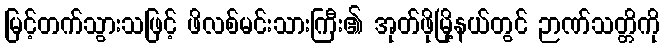
မြင့်တက်သွားသဖြင့် ဖိလစ်မင်းသားကြီး၏ အုတ်ဖိုမြို့နယ်တွင် ဉာဏ်သတ္တိကို